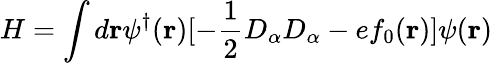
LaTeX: H=\int d{\mathbf r}\psi^{\dagger}({\mathbf r})[-\frac{1}{2}D_{\alpha}D_{\alpha}-ef_{0}({\mathbf r})]\psi({\mathbf r})